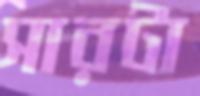
সারটা